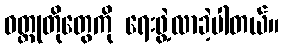
ဝတ္ထုတိုတွေကို ရေးဖွဲ့လာခဲ့ပါတယ်။